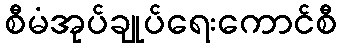
စီမံအုပ်ချုပ်ရေးကောင်စီ